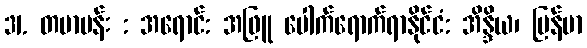
31. တမာပန်း : အရောင်: အဖြူ ပေါက်ရောက်ရာနိုင်ငံ: အိန္ဒိယ၊ မြန်မာ